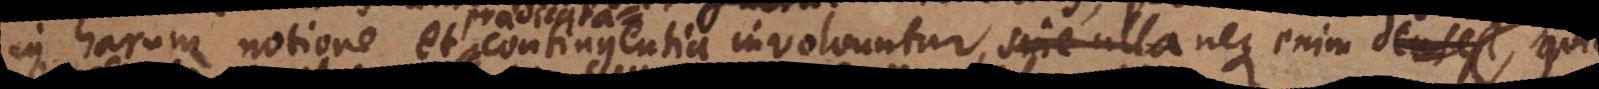
in harum notione et contingentia involvuntur, neque enim dubium est quin